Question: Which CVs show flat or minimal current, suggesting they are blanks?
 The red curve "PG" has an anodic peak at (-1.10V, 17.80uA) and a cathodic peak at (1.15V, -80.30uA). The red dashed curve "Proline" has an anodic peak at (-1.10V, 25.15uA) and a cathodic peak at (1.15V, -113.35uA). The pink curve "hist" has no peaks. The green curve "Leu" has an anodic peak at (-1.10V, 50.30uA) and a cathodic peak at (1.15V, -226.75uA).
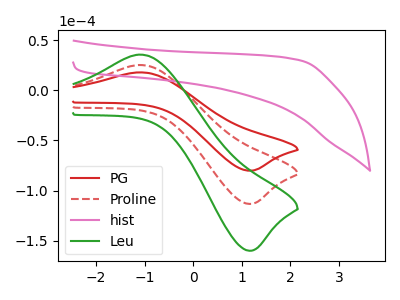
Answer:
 <answer>"hist" is likely to be a blank.</answer>
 <eval>hist</eval>